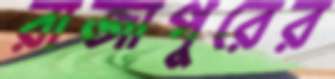
রাজাপুরের